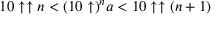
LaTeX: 1 0 \uparrow \uparrow n < ( 1 0 \uparrow ) ^ { n } a < 1 0 \uparrow \uparrow ( n + 1 )